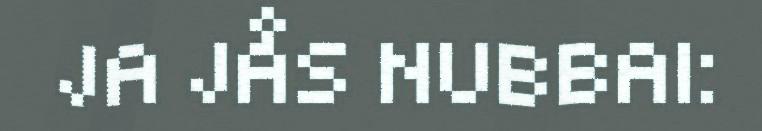
JA JÅS NUBBAI: